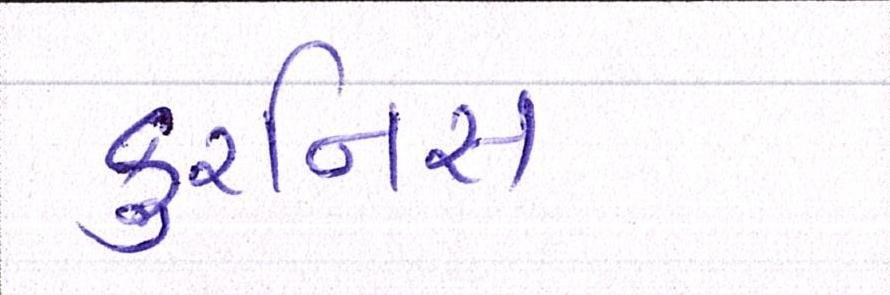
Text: કુરનિસ